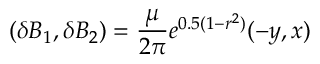
( \delta B _ { 1 } , \delta B _ { 2 } ) = \frac { \mu } { 2 \pi } e ^ { 0 . 5 ( 1 - r ^ { 2 } ) } ( - y , x )